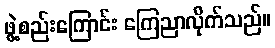
ဖွဲ့စည်းကြောင်း ကြေညာလိုက်သည်။